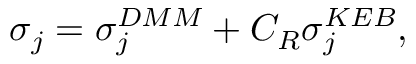
\sigma _ { j } = \sigma _ { j } ^ { D M M } + C _ { R } \sigma _ { j } ^ { K E B } ,